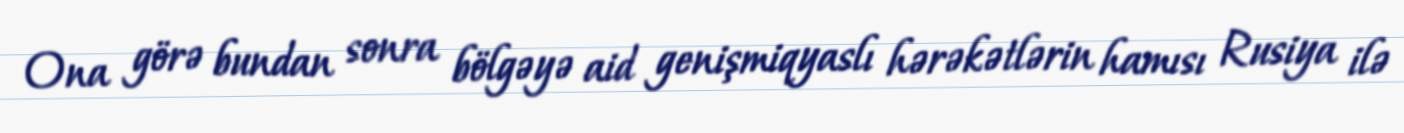
Ona görə bundan sonra bölgəyə aid genişmiqyaslı hərəkətlərin hamısı Rusiya ilə